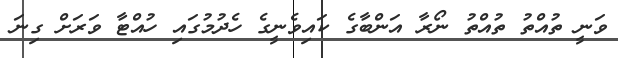
ވަނީ ތުއްތު ތުއްތު ނޯރާ އަންބާގެ ކައިވެނީގެ ހެދުމުގައި ހުއްޓާ ވަރަށް ގިނަ